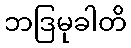
ဘဒြမုခါတိ